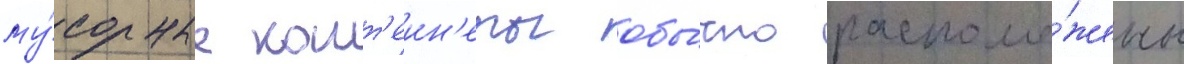
му́сорные конт'еин'еры обы́чно располо́жены